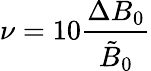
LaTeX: \nu=10\frac{\Delta B_{0}}{\tilde{B}_{0}}